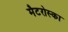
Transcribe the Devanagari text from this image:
मैटरोस्का